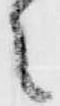
之